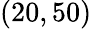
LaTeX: (20,50)